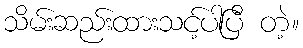
သိမ်းဆည်းထားသင့်ပါပြီ တဲ့။